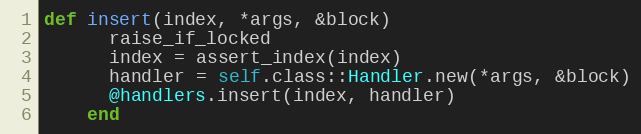
Language: Ruby
def insert(index, *args, &block)
      raise_if_locked
      index = assert_index(index)
      handler = self.class::Handler.new(*args, &block)
      @handlers.insert(index, handler)
    end